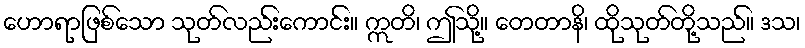
ဟောရာဖြစ်သော သုတ်လည်းကောင်း။ ဣတိ၊ ဤသို့။ တေတာနိ၊ ထိုသုတ်တို့သည်။ ဒသ၊